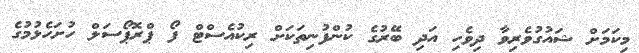
މިކަމަށް ޝައުގުވެރިވާ ދިވެހި އަދި ބޭރުގެ ކުންފުނިތަކަށް ރިކުއެސްޓް ފޯ ޕްރޮޕޯސަލް ހުށަހެޅުމުގެ